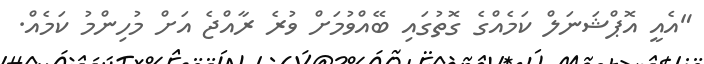
"އެއީ އޮޕްޝަނަލް ކަމެއްގެ ގޮތުގައި ބޭއްވުމަށް ވުރެ ރާއްޖެ އަށް މުހިންމު ކަމެއް.